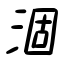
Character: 涸